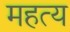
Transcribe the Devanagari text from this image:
महत्य